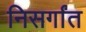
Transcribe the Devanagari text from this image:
निसर्गांत